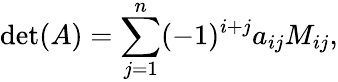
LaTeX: \operatorname*{det}(A)=\sum_{j=1}^{n}(-1)^{i+j}a_{ij}M_{ij},